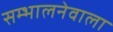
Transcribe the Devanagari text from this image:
सम्भालनेवाला